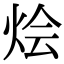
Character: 烩